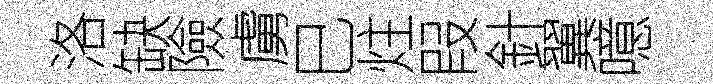
洛缺險虜巳炷叚針翼噫